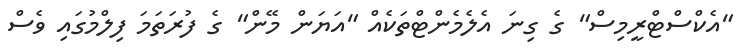
"އެކްސްޓްރީމިސް" ގެ ގިނަ އެލެމެންޓްތަކެއް "އަޔަން މޭން" ގެ ފުރަތަމަ ފިލްމުގައި ވެސް